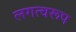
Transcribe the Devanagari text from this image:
लगत्वरूप